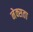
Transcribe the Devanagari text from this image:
नेक्सता